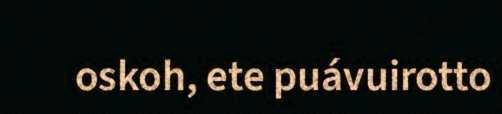
oskoh, ete puávuirotto